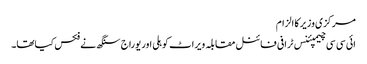
مرکزی وزیر کا الزام
ائی سی سی چیمپئنس ٹرافی فائنل مقابلہ ویراٹ کوہلی اور یوراج سنگھ نے فکس کیاتھا۔